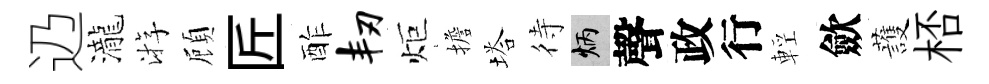
辸瀧㳺頋匠酢韧炬擔塔待炳聲政行輕歛䕶桮